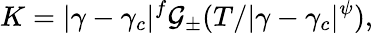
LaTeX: K=|\gamma-\gamma_{c}|^{f}\mathcal{G}_{\pm}(T/|\gamma-\gamma_{c}|^{\psi}),